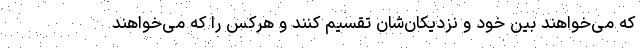
که می‌خواهند بین خود و نزدیکان‌شان تقسیم کنند و هرکس را که می‌خواهند